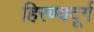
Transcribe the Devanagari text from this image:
हिरण्यदूर्ग